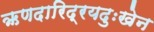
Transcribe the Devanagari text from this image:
ऋणदारिद्रयदुःखेन